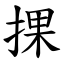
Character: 捰